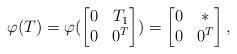
\begin{align*}\varphi(T)=\varphi(\begin{bmatrix}0 & T_1\\0 & 0^T\end{bmatrix})=\begin{bmatrix}0 & *\\0 & 0^T\end{bmatrix},\end{align*}